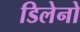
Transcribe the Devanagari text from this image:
डिलेनो